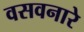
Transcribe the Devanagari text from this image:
वसवनारे